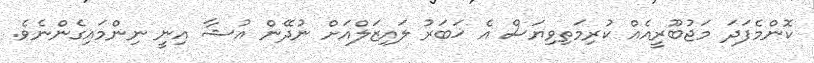
ކޮންމެފަދަ މަޖުބޫރީއެއް ކުރިމަތިވިޔަސް އެ ޚަބަރު ލައިޒަލްއަށް ނުދޭން އުޝާ އިނީ ނިންމައިގެންނެވެ.